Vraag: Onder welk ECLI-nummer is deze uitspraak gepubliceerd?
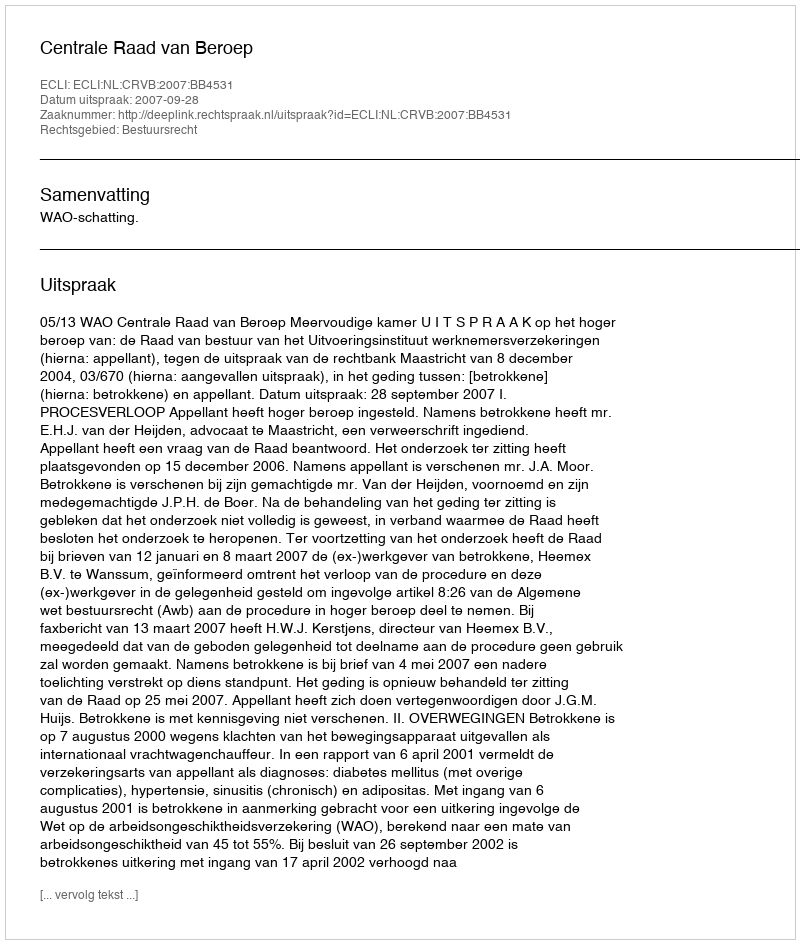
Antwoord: ECLI:NL:CRVB:2007:BB4531